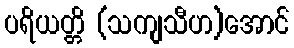
ပရိယတ္တိ (သကျသီဟ)အောင်